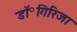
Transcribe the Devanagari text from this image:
डॉ॰गिरिजा